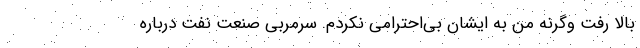
بالا رفت وگرنه من به ایشان بی‌احترامی نکردم. سرمربی صنعت نفت درباره